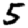
Digit: 5